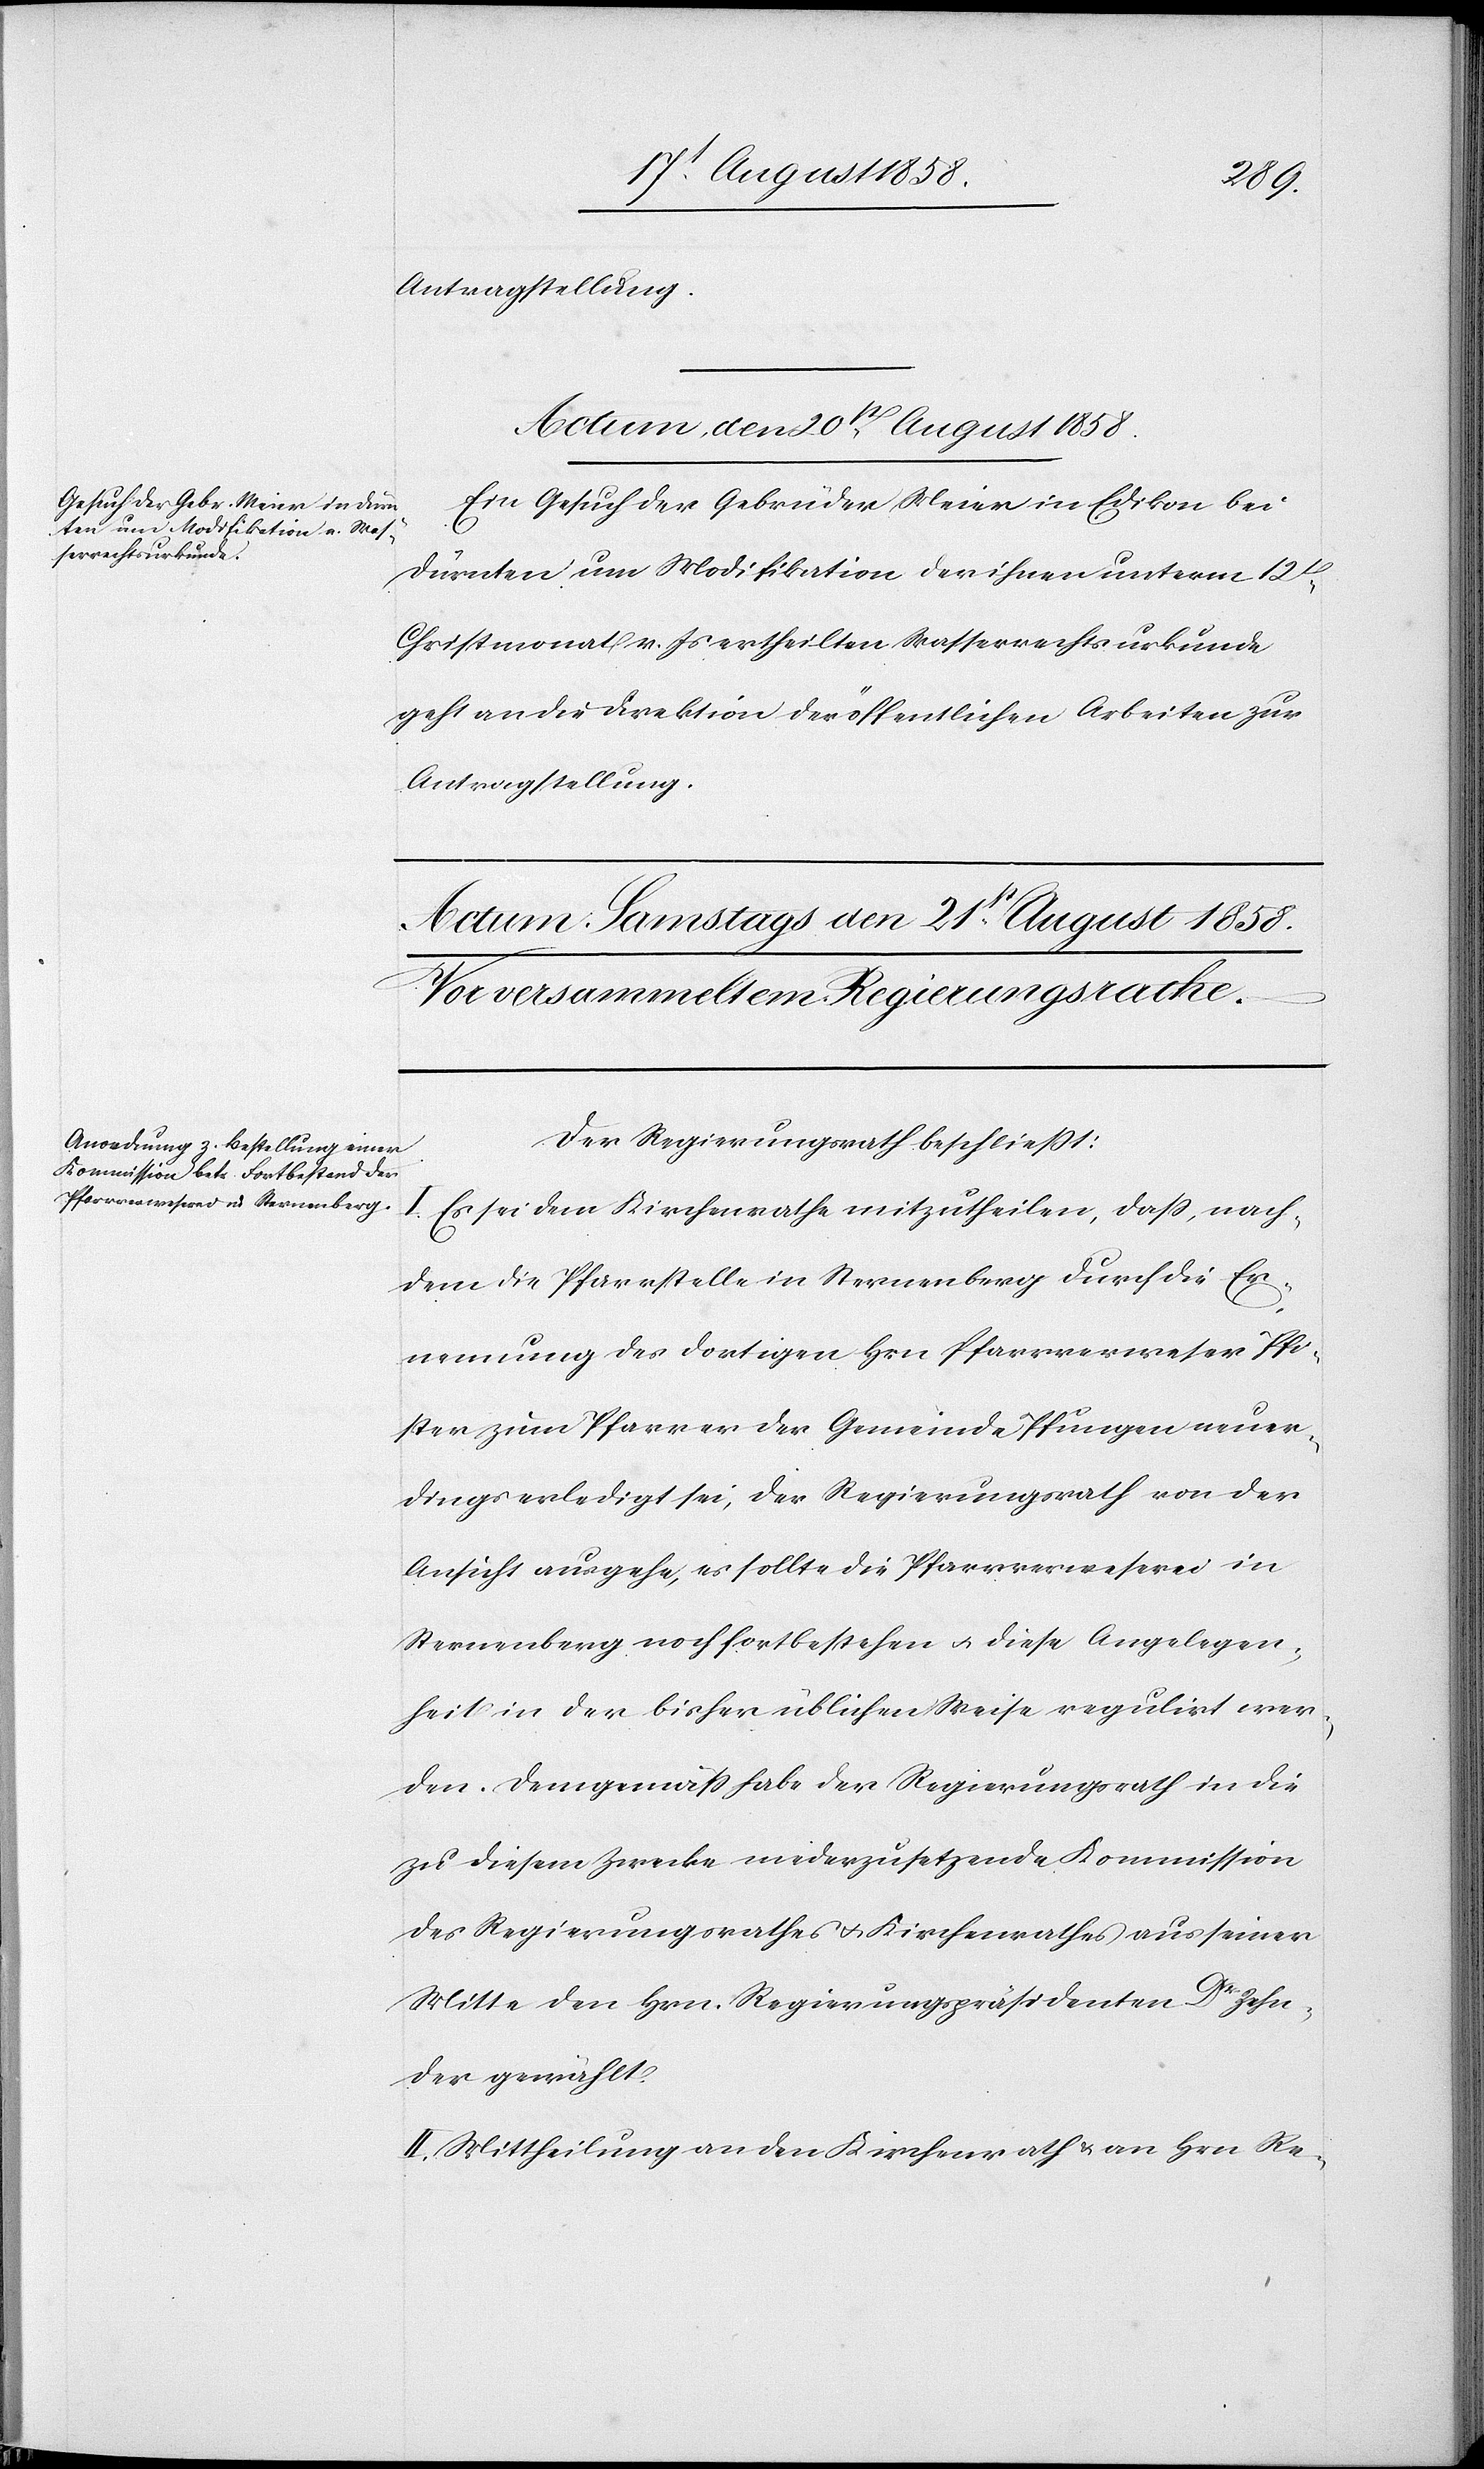
Antragstellung.
Actum, den 20st August 1858.
Ein Gesuch der Gebrüder Meier in Edikon bei
Dürnten um Modifikation der ihnen unterm 12t
Christmonat v. Js ertheilten Wasserrechtsurkunde
geht an die Direktion der öffentlichen Arbeiten zur
Antragstellung.
Der Regierungsrath beschließt:
I.
Es sei dem Kirchenrathe mitzutheilen, dass, nach¬
dem die Pfarrstelle in Sternenberg durch die Er¬
nennung des dortigen Hrn. Pfarrverweser Pfi¬
ster zum Pfarrer der Gemeinde Pfungen neuer¬
dings erledigt sei, der Regierungsrath von der
Ansicht ausgehe, es sollte die Pfarrverweserei in
Sternenberg noch fortbestehen & diese Angelegen¬
heit in der bisher üblichen Weise regulirt wer¬
den. Demgemäss habe der Regierungsrath in die
zu diesem Zwecke niederzusetzende Kommission
des Regierungsrathes & Kirchenrathes aus seiner
Mitte den Hrn. Regierungspräsidenten Dr Zehn¬
der gewählt.
II. Mittheilung an den Kirchenrath & an Hrn. Re-